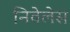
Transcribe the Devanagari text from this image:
निवेलेस